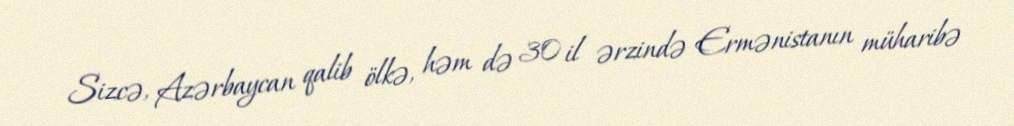
Sizcə, Azərbaycan qalib ölkə, həm də 30 il ərzində Ermənistanın müharibə